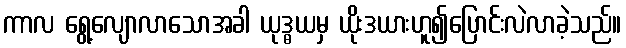
ကာလ ရွေ့လျောလာသောအခါ ယုဒ္ဓယမှ ယိုးဒယားဟူ၍ပြောင်းလဲလာခဲ့သည်။